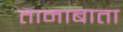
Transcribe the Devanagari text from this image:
तानाबाता